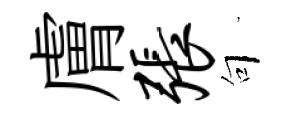
膚张句